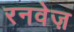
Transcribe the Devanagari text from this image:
रनवेज़